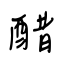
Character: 醋